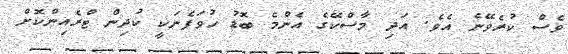
ވެސް ކުރެވޭނެ އެވެ. އަދި މާސްކޭގެ އެންމެ ބޮޑު ހުވަފެނަކީ ކުދިން ޓްރެއިންކޮށް